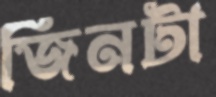
জিনটা